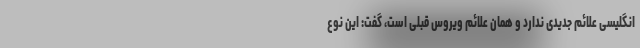
انگلیسی علائم جدیدی ندارد و همان علائم ویروس قبلی است، گفت: این نوع